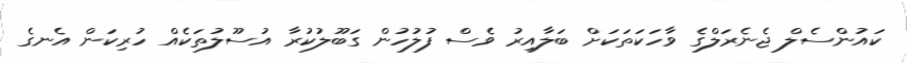
ކައުންސެލް ޖެނެރަލްގެ ވާހަކަތަކަށް ބަލާއިރު ވެސް ފުލުހުން ގަބޫލުކުރާ އުސޫލުތަކެއް ހުރިކަން އެނގެ